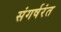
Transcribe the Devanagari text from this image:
संगर्षरंत